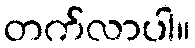
တက်လာပါ။